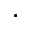
\bullet